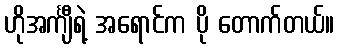
ဟိုအင်္ကျီရဲ့ အရောင်က ပို တောက်တယ်။